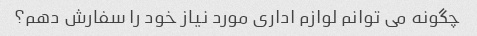
چگونه می توانم لوازم اداری مورد نیاز خود را سفارش دهم؟